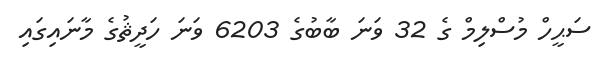
ސަޙީހް މުސްލިމް ގެ 32 ވަނަ ބާބުގެ 6203 ވަނަ ހަދީޘުގެ މާނައިގައި